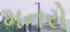
મનરો